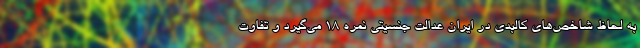
به لحاظ شاخص‌های کالبدی در ایران عدالت جنسیتی نمره 18 می‌گیرد و تفاوت